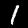
Label: 1